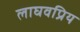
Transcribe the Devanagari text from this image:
लाघवप्रिय